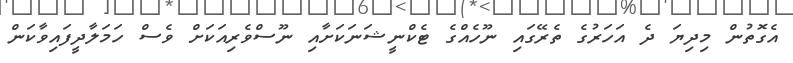
އެގޮތުން މިދިޔަ ދެ އަހަރުގެ ތެރޭގައި ނޫހެއްގެ ޓެކްނީޝަނަކަށާއި ނޫސްވެރިއަކަށް ވެސް ހަމަލާދީފައިވާކަން